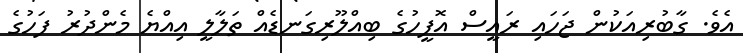
އެވެ. ގާބުރިއަކުން ޖަހައި ރައީސް އޮފީހުގެ ބިއްލޫރިގަނޑެއް ތަލާލީ އިއްޔެ މެންދުރު ފަހުގެ